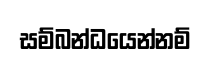
සම්බන්ධයෙන්නම්